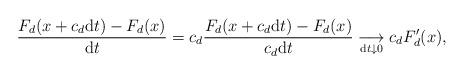
LaTeX: \begin{align*}\frac{F_d(x + c_d{\rm d}t) - F_d(x)}{{\rm d}t} = c_d \frac{F_d(x + c_d{\rm d}t) - F_d(x)}{c_d{\rm d}t} \underset{{\rm d}t \downarrow 0}{\longrightarrow}c_d F_d'(x),\end{align*}